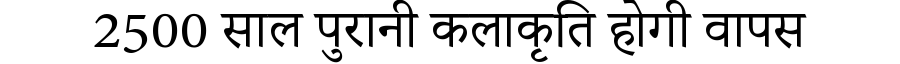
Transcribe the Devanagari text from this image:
2500 साल पुरानी कलाकृति होगी वापस